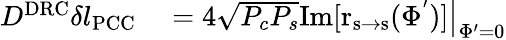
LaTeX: \begin{array}{rl}{D^{\mathrm{DRC}}\delta l_{\mathrm{PCC}}}&{{}=4\sqrt{P_{c}P_{s}}\left.\mathrm{Im[r_{s\rightarrow s}(\Phi^{'})]}\right|_{\Phi^{\prime}=0}}\end{array}